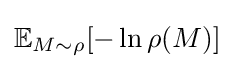
\mathbb {E} _{M\sim \rho }[-\ln \rho (M)]